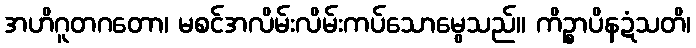
အဟိဂူတဂတော၊ မစင်အလိမ်းလိမ်းကပ်သောမွေသည်။ ကိဉ္စာပိနဍံသတိ၊